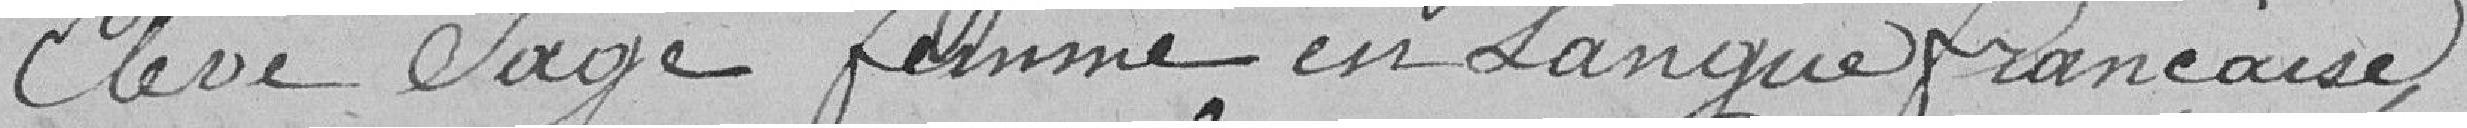
élève sage-femme en langue française